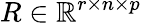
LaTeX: R\in\mathbb{R}^{r\times n\times p}